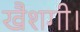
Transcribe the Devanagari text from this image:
खैशगी।